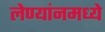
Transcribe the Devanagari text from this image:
लेण्यांनमध्ये